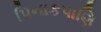
પિનાકપાણિ